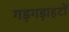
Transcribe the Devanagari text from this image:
गड़गड़ाहटों